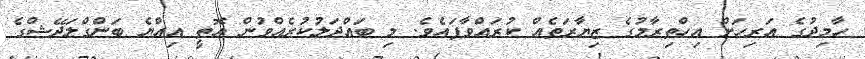
ހާމިދުގެ އަރިހަށް އިހްތިރާމުގެ ޒިޔާރަތެއް ކުރައްވާފައެވެ. މި ބައްދަލުކުރެއްވުން އޮތީ އިއްޔެ ބަންގްލަދޭޝްގެ